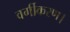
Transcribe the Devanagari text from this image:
वर्गीकरण।